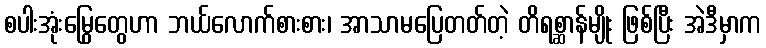
စပါးအုံးမြွေတွေဟာ ဘယ်လောက်စားစား၊ အာသာမပြေတတ်တဲ့ တိရစ္ဆာန်မျိုး ဖြစ်ပြီး အဲဒီမှာက